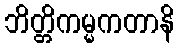
ဘိတ္တိကမ္မကတာနိ